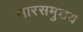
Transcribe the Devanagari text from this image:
सारसमुच्चय